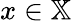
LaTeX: x\in\mathbb{X}